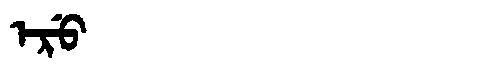
Manchu: ᡝᡵᡠ
Romanization: ERU